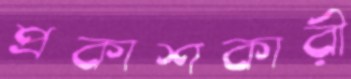
প্রকাশকারী